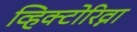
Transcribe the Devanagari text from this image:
व्हिक्टोरिव्ना